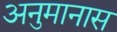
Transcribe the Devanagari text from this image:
अनुमानास